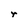
Character: r